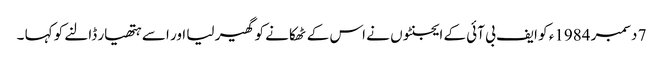
7 دسمبر 1984ء کو ایف بی آئی کے ایجنٹوں نے اس کے ٹھکانے کو گھیر لیا اور اسے ہتھیار ڈالنے کو کہا ۔